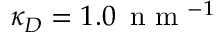
\kappa _ { D } = 1 . 0 \, \textrm { n m } ^ { - 1 }